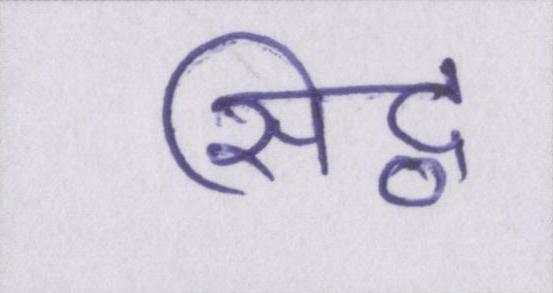
सिद्व